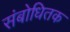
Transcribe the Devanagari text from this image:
संबोधितक